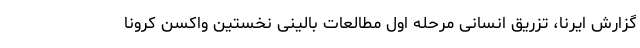
گزارش ایرنا، تزریق انسانی مرحله اول مطالعات بالینی نخستین واکسن کرونا